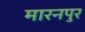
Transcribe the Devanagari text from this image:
मारनपुर